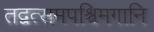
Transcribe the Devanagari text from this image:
तद्वत्समपश्चिमगानि